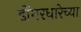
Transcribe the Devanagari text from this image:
डोंगरधारेच्या